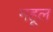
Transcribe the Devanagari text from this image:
महूल